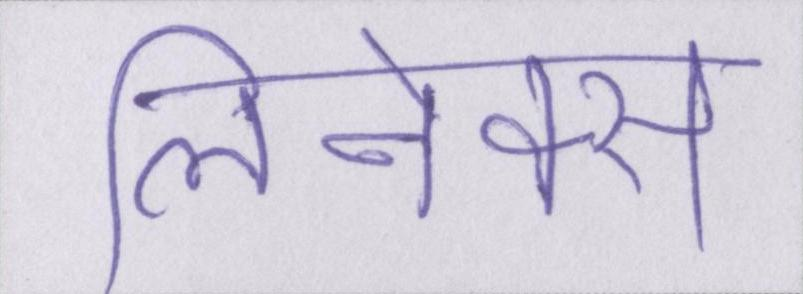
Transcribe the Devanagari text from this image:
लिनेक्स